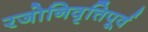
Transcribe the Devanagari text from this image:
रजोनिवृत्तिपूर्व